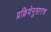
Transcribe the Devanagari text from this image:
प्रक्रियेनुसारच